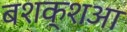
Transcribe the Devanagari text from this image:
बशक्शआ